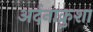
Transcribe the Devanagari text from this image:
अर्दनाक्रुशा